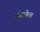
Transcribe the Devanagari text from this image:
लोटलेला